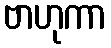
ဗာဟုကာ